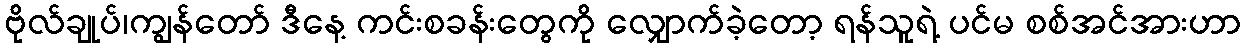
ဗိုလ်ချုပ်၊ကျွန်တော် ဒီနေ့ ကင်းစခန်းတွေကို လျှောက်ခဲ့တော့ ရန်သူရဲ့ ပင်မ စစ်အင်အားဟာ